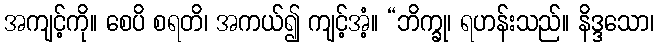
အကျင့်ကို။ စေပိ စရတိ၊ အကယ်၍ ကျင့်အံ့။ “ဘိက္ခု၊ ရဟန်းသည်။ နိဒ္ဒသော၊